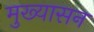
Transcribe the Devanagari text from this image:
मुख्यासन